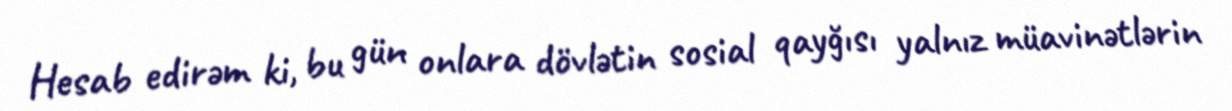
Hesab edirəm ki, bu gün onlara dövlətin sosial qayğısı yalnız müavinətlərin